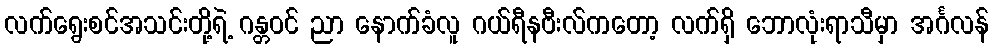
လက်ရွေးစင်အသင်းတို့ရဲ့ ဂန္တဝင် ညာ နောက်ခံလူ ဂယ်ရီနဗီးလ်ကတော့ လက်ရှိ ဘောလုံးရာသီမှာ အင်္ဂလန်